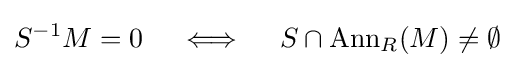
S^{-1}M=0\quad \iff \quad S\cap \operatorname {Ann} _{R}(M)\neq \emptyset